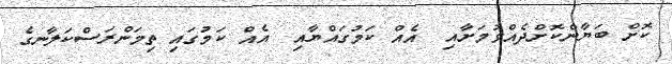
ކޮށް ބަޔާންކޮށްދެއްވުމަށާއި  އެއް ކަމުގައްޔާއި  އެއް ކަމުގައި ތިމަންރަސްކަލާނގެ